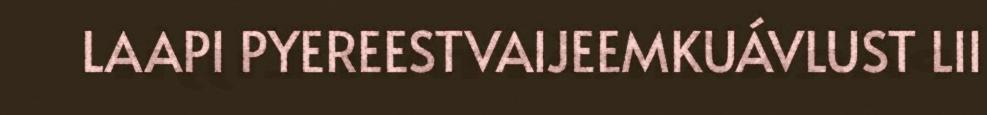
LAAPI PYEREESTVAIJEEMKUÁVLUST LII